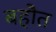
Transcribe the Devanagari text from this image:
बहौत